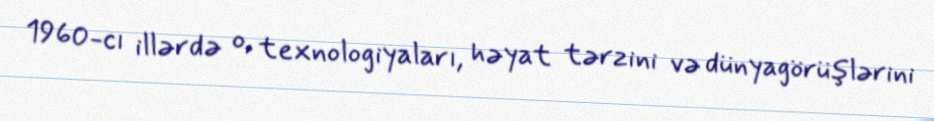
1960-cı illərdə o, texnologiyaları, həyat tərzini və dünyagörüşlərini